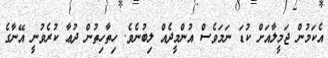
އެކަމުން ޖަމީލާއަށް ކުޑަ ނަމަވެސް އުންމީދެއް ލިބުނެވެ. ހިތާހިތުން ދުޢާ ކުރެވުނީ އޭނާގެ